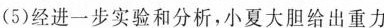
(5)经进一步实验和分析，小夏大胆给出重力